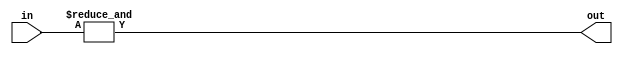
module covered_cell #(
    parameter OPERATION = "AND",  // Operation: AND, OR, NOT, NAND, NOR, XOR, XNOR
    parameter N_INPUTS = 2         // Number of inputs (2 for AND, OR, etc.; 1 for NOT)
)(
    input  wire [N_INPUTS-1:0] in,  // Input signals
    output wire out                  // Output signal
);

    // Internal signal for output
    wire not_in;
    wire temp_out;

    // Combinational logic based on the specified operation
    generate
        if (N_INPUTS == 1) begin // NOT operation
            assign out = ~in[0]; // NOT
        end
        else begin
            case (OPERATION)
                "AND":   assign out = &in;               // AND
                "OR":    assign out = |in;               // OR
                "NAND":  assign out = ~(&in);             // NAND
                "NOR":   assign out = ~(|in);             // NOR
                "XOR":   assign out = in[0] ^ in[1];     // XOR (for 2 inputs)
                "XNOR":  assign out = ~(in[0] ^ in[1]);   // XNOR (for 2 inputs)
                default: assign out = 1'b0;                // Default case
            endcase
        end
    endgenerate

endmodule